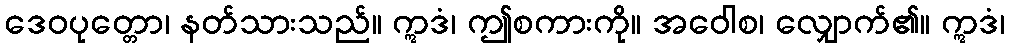
ဒေဝပုတ္တော၊ နတ်သားသည်။ ဣဒံ၊ ဤစကားကို။ အဝေါစ၊ လျှောက်၏။ ဣဒံ၊